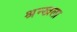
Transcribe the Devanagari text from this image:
श्रन्खला